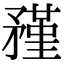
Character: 𥎊